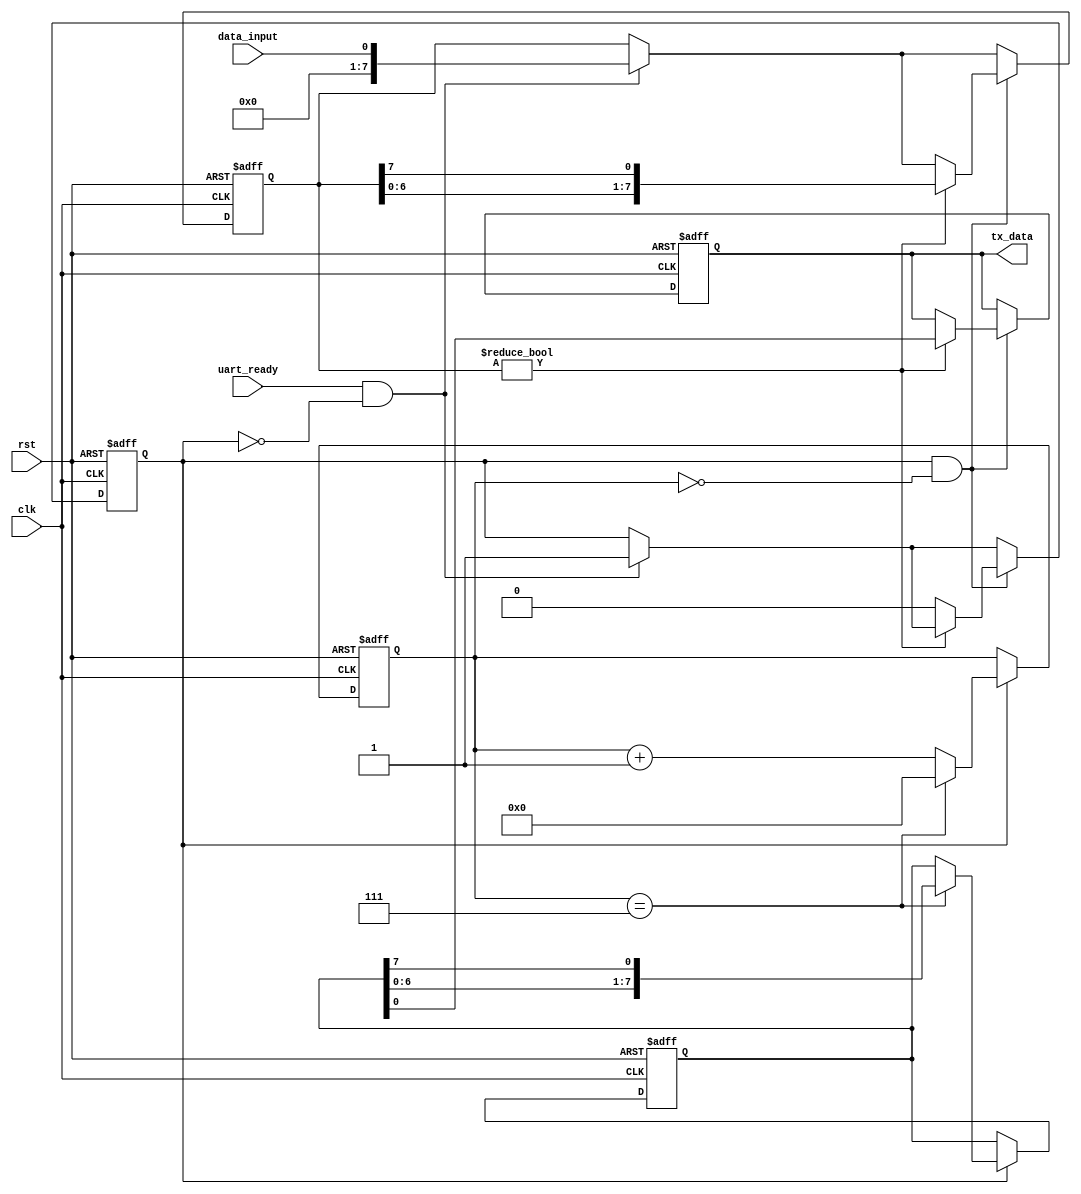
module uart_transmitter(
    input wire clk,
    input wire rst,
    input wire data_input,
    input wire uart_ready,
    output reg tx_data
);

reg [7:0] data_buffer;
reg start_transmit;
reg [3:0] baud_rate_counter;
reg [7:0] shift_register;

always @(posedge clk or posedge rst) begin
    if (rst) begin
        data_buffer <= 8'b0;
        start_transmit <= 1'b0;
        baud_rate_counter <= 4'b0;
        shift_register <= 8'b0;
        tx_data <= 1'b1;
    end else begin
        if (uart_ready && !start_transmit) begin
            start_transmit <= 1'b1;
            data_buffer <= data_input;
        end
        
        if (start_transmit) begin
            if (baud_rate_counter == 4'd7) begin
                shift_register <= {shift_register[6:0], shift_register[7]};
                baud_rate_counter <= 4'd0;
            end else begin
                baud_rate_counter <= baud_rate_counter + 4'b1;
            end
        end
        
        if (start_transmit && baud_rate_counter == 4'd0) begin
            if (data_buffer != 8'b0) begin
                tx_data <= shift_register[0];
                data_buffer <= {data_buffer[6:0], data_buffer[7]};
            end else begin
                start_transmit <= 1'b0;
            end
        end
    end
end

endmodule